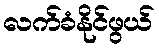
လက်ခံနိုင်ဖွယ်